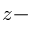
z -